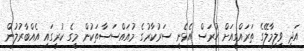
އަދި ވިލިމާލޭގެ ތަރައްގީއަށް ހުރަސް އެޅެނީ ސަރުކާރުގެ މުއައްސަސާތަކުން މީގެ ކުރީގައި އެއްބާރުލުން